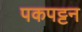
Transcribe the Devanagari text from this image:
पकपट्टन